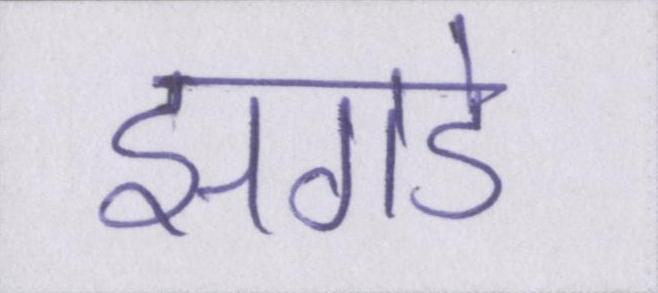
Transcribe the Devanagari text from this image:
झगडे